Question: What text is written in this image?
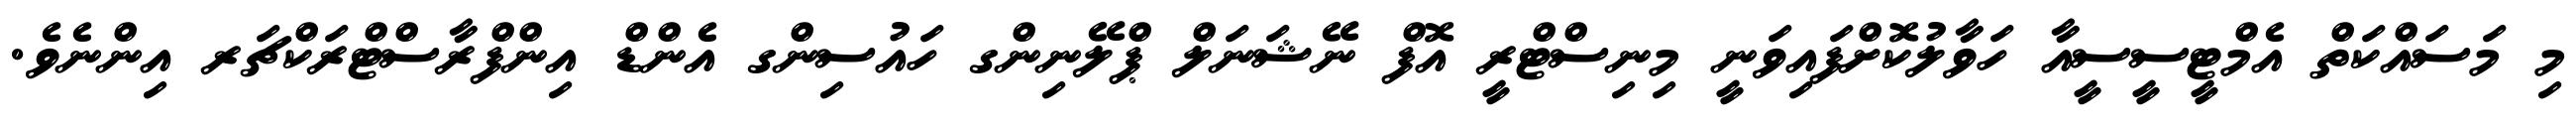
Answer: މި މަސައްކަތް އެމްޓީސީސީއާ ހަވާލުކޮށްފައިވަނީ މިނިސްޓްރީ އޮފް ނޭޝަނަލް ޕްލޭނިންގ ހައުސިންގ އެންޑް އިންފްރާސްޓްރަކްޗަރ އިންނެވެ.